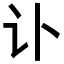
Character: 讣